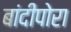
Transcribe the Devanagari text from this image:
बांदीपोरा